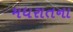
મધરાતના